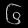
Digit: ၆